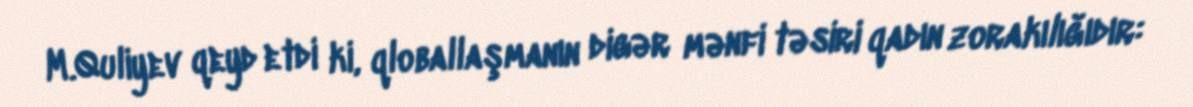
M.Quliyev qeyd etdi ki, qloballaşmanın digər mənfi təsiri qadın zorakılığıdır: